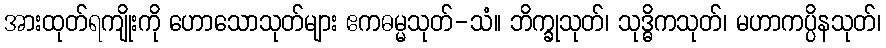
အားထုတ်ရကျိုးကို ဟောသောသုတ်များ ဧကဓမ္မသုတ်-သံ။ ဘိက္ခုသုတ်၊ သုဒ္ဓိကသုတ်၊ မဟာကပ္ပိနသုတ်၊